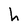
Character: h